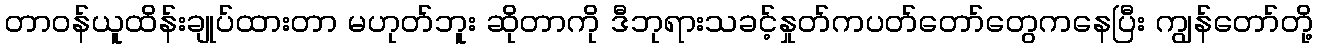
တာဝန်ယူထိန်းချုပ်ထားတာ မဟုတ်ဘူး ဆိုတာကို ဒီဘုရားသခင့်နှုတ်ကပတ်တော်တွေကနေပြီး ကျွန်တော်တို့